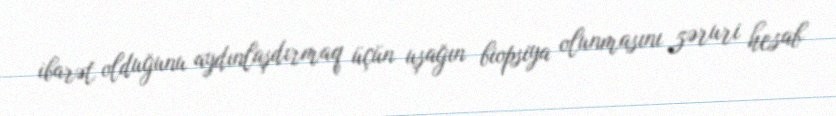
ibarət olduğunu aydınlaşdırmaq üçün uşağın biopsiya olunmasını zəruri hesab